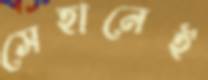
সেহানেই